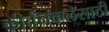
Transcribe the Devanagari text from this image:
कीर्तनकलेसाठी